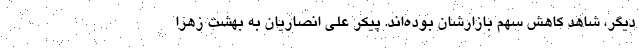
دیگر، شاهد کاهش سهم بازارشان بوده‌اند. پیکر علی انصاریان به بهشت زهرا